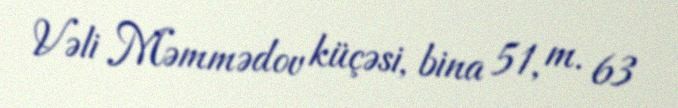
Vəli Məmmədov küçəsi, bina 51, m. 63